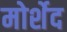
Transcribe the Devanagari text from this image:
मोर्शेद